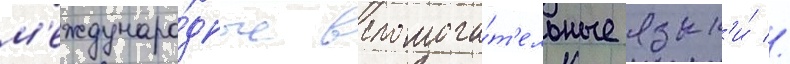
м'еждунаро́дные вспомога́т'ельные язык'и́ //